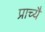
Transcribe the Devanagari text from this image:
प्राच्यै